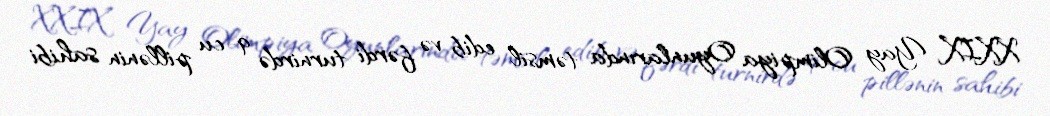
XXIX Yay Olimpiya Oyunlarında təmsil edib və fərdi turnirdə 9-cu pillənin sahibi